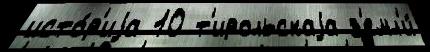
исто́р'иjа 10 т'ирольскаjа з'емл'и́